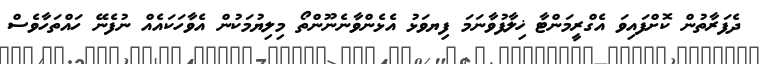
ދެފަރާތުން ކޮށްފައިވަަ އެގްރީމަންޓާ ޚިލާފުވާނަމަ ފިޔވަޅު އެޅެންވާނެނޫންތޯ މިލިޔުމަކުން އެވާހަކައެއް ނުފެނޭ ހައްތަހާވެސް